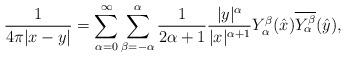
LaTeX: \begin{align*}\frac{1}{4\pi |x-y|}=\sum_{\alpha=0}^\infty\sum_{\beta=-\alpha}^\alpha \frac{1}{2\alpha+1}\frac{|y|^\alpha}{|x|^{\alpha+1}} Y_\alpha^\beta(\hat x) \overline{Y_\alpha^\beta}(\hat y),\end{align*}